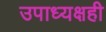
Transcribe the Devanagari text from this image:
उपाध्यक्षही